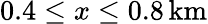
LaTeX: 0.4\leq x\leq 0.8\, \mathrm{km}